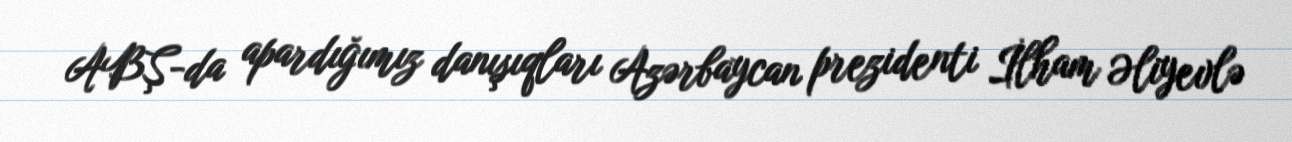
ABŞ-da apardığımız danışıqları Azərbaycan prezidenti İlham Əliyevlə